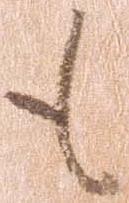
も